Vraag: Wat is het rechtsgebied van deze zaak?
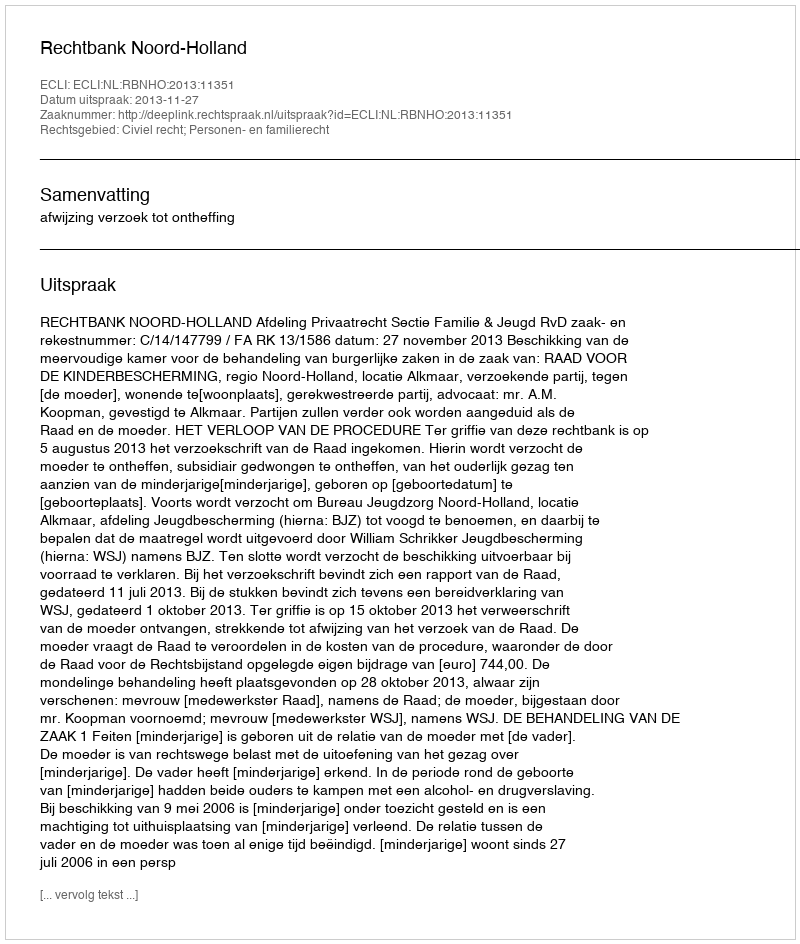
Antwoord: Civiel recht; Personen- en familierecht